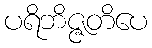
ပရိဘိဇ္ဇတိပေ